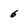
Character: 6